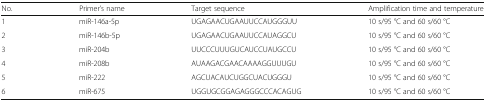
<table><thead><tr><td><b>No.</b></td><td><b>Primer’s name</b></td><td><b>Target sequence</b></td><td><b>Amplification time and temperature</b></td></tr></thead><tbody><tr><td>1</td><td>miR-146a-5p</td><td>UGAGAACUGAAUUCCAUGGGUU</td><td>10 s/95 °C and 60 s/60 °C</td></tr><tr><td>2</td><td>miR-146b-5p</td><td>UGAGAACUGAAUUCCAUAGGCU</td><td>10 s/95 °C and 60 s/60 °C</td></tr><tr><td>3</td><td>miR-204b</td><td>UUCCCUUUGUCAUCCUAUGCCU</td><td>10 s/95 °C and 60 s/60 °C</td></tr><tr><td>4</td><td>miR-208b</td><td>AUAAGACGAACAAAAGGUUUGU</td><td>10 s/95 °C and 60 s/60 °C</td></tr><tr><td>5</td><td>miR-222</td><td>AGCUACAUCUGGCUACUGGGU</td><td>10 s/95 °C and 60 s/60 °C</td></tr><tr><td>6</td><td>miR-675</td><td>UGGUGCGGAGAGGGCCCACAGUG</td><td>10 s/95 °C and 60 s/60 °C</td></tr></tbody></table>